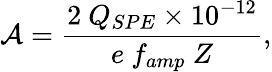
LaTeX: \mathcal{A}=\frac{2~Q_{SPE}\times 10^{-12}}{e~f_{amp}~Z},